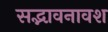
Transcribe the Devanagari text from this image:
सद्भावनावश